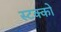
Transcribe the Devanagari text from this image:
स्टक्को